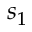
s _ { 1 }